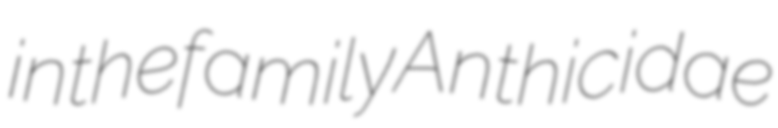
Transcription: in the family Anthicidae